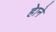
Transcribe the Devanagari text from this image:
हेाने